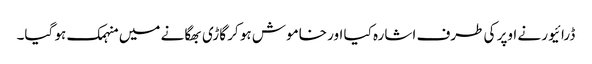
ڈرائیور نے اوپر کی طرف اشارہ کیا اور خاموش ہو کر گاڑی بھگانے میں منہمک ہو گیا۔